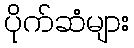
ပိုက်ဆံများ